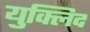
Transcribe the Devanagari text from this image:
युक्लिद